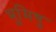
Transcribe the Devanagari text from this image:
भूमिषु